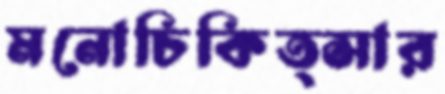
মনোচিকিত্সার